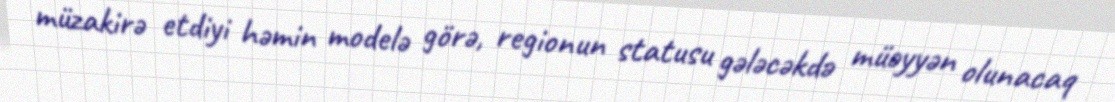
müzakirə etdiyi həmin modelə görə, regionun statusu gələcəkdə müəyyən olunacaq